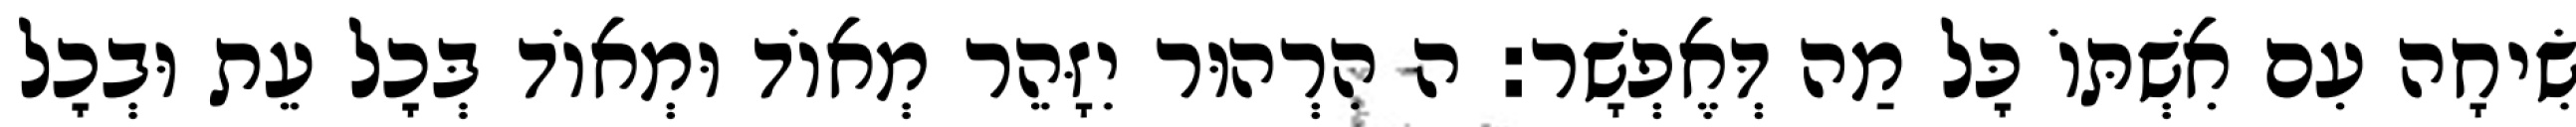
שִׂיחָה עִם אִשְׁתּוֹ כׇּל מַה דְּאֶפְשָׁר: ה הִרְהוּר יִזָּהֵר מְאוֹד וּמְאוֹד בְּכׇל עֵת וּבְכׇל